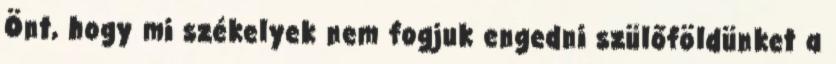
Önt, hogy mi székelyek nem fogjuk engedni szülőföldünket a